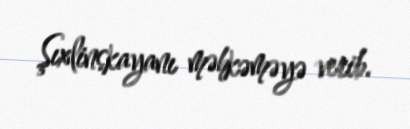
Şıxlinskayanı məhkəməyə verib.